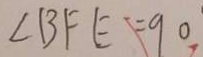
\angle B F E = 9 0 ^ { \circ }